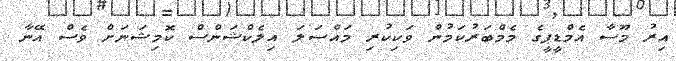
އިރު މޫސާ އެމްޑީޕީގެ މެމްބަރުކަމުން ވަކިކުރި މައްސަލަ އިލެކްޝަންސް ކޮމިޝަނަށް ވެސް އޭނާ